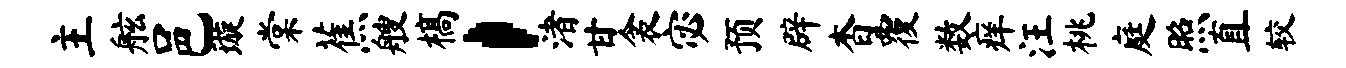
主舷邑璇棠蕉艘槁，渚甘衾宓预辟杳覆数痒汪桃庭照直较